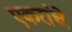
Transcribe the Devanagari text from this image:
एकरांचे